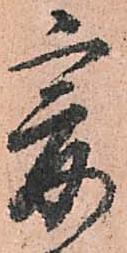
爰